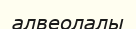
алвеолалы